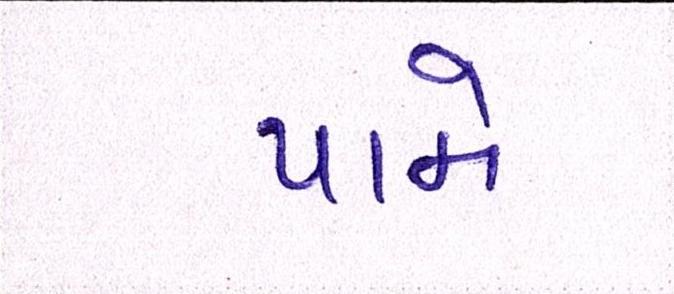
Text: પામે